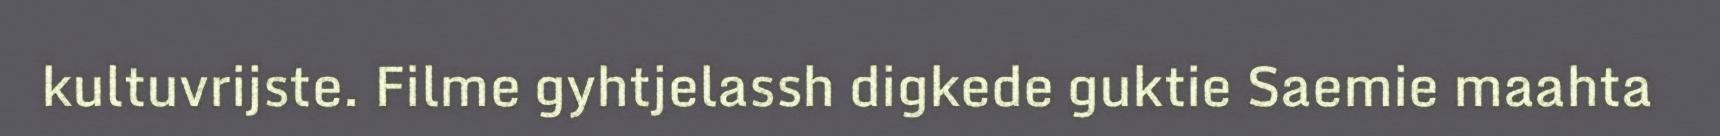
kultuvrijste. Filme gyhtjelassh digkede guktie Saemie maahta